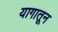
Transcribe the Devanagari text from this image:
यागातून